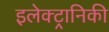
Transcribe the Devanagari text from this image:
इलेक्‍ट्रानिकी